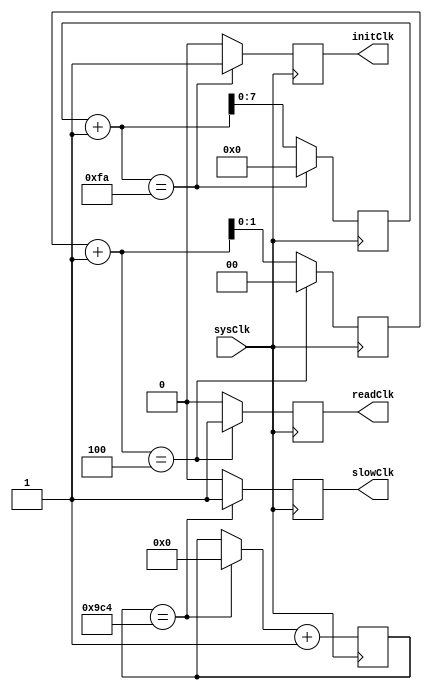
`timescale 1ns / 1ps
//////////////////////////////////////////////////////////////////////////////////
// Company: 
// Engineer: 
// 
// Design Name: 
// Module Name:    clock 
// Project Name: 
// Target Devices: 
// Tool versions: 
// Description: 
//
// Dependencies: 
//
// Revision: 
// Revision 0.01 - File Created
// Additional Comments: 
//
//////////////////////////////////////////////////////////////////////////////////
module clock(
    input sysClk,
    output reg slowClk,
    output reg initClk,
    output reg readClk
    );

	reg [11:0] divSlow;
    reg [7:0] divInit; //250
    reg [1:0] divRead; //4
	
	initial begin
		divSlow = 0;
	end
	
	always @ (posedge sysClk) begin
		if(divSlow == 2500) begin
			divSlow = 0;
			slowClk = 1;
		end else slowClk = 0;
		
		divSlow = divSlow + 1;
        
        if(divInit + 1 == 250) begin
			divInit = 0;
			initClk = 1;
		end else begin
            initClk = 0;
            divInit = divInit + 1;
        end
        
        if(divRead + 1 == 4) begin
			divRead = 0;
			readClk = 1;
		end else begin
            readClk = 0;
			divRead = divRead + 1;
        end
        
	end

endmodule